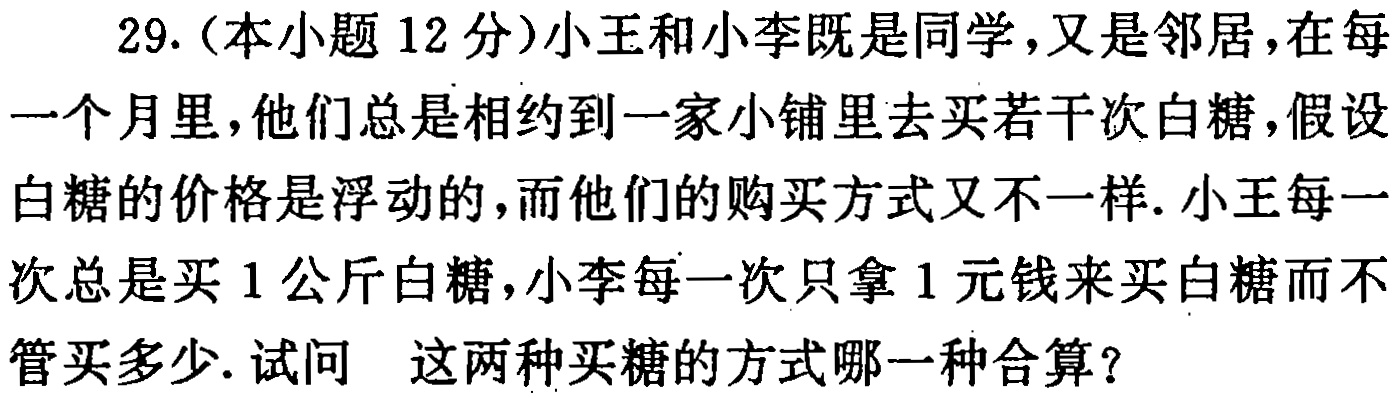
29.（本小题 12 分）小王和小李既是同学，又是邻居，在每一个月里，他们总是相约到一家小铺里去买若干次白糖，假设白糖的价格是浮动的，而他们的购买方式又不一样. 小王每一次总是买 1 公斤白糖，小李每一次只拿 1 元钱来买白糖而不管买多少. 试问 这两种买糖的方式哪一种合算？